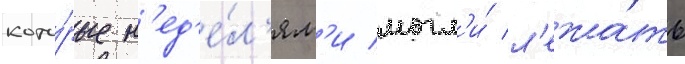
кото́рые н'ед'е́л'ям'и могл'и́ л'ежа́ть